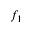
f _ { 1 }